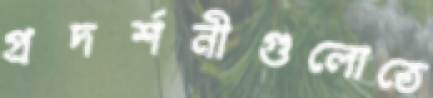
প্রদর্শনীগুলোতে